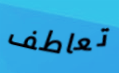
تعاطف